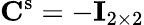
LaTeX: \mathbf{C}^{\mathrm{s}}=-\mathbf{I}_{2\times 2}